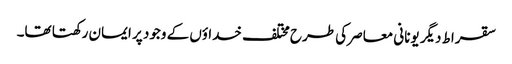
سقراط دیگر یونانی معاصر کی طرح مختلف خداؤں کے وجود پر ایمان رکھتا تھا۔